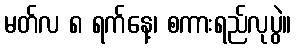
မတ်လ ၈ ရက်နေ့၊ စကားရည်လုပွဲ။